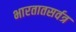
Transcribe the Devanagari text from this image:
भारतातसर्वत्र